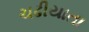
ચઢીયાતા